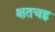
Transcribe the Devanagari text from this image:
क्षतचह्न